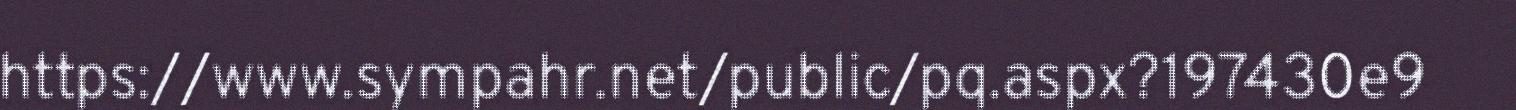
https://www.sympahr.net/public/pq.aspx?197430e9